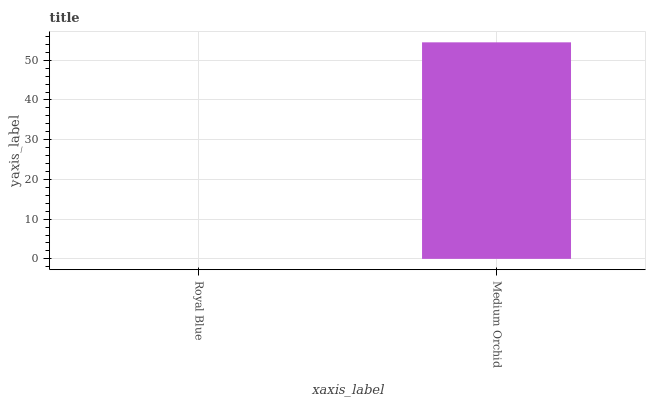
| xaxis_label | bars |
 | --- | --- |
 | Royal Blue | 0 |
 | Medium Orchid | 54.5 |